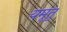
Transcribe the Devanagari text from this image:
यमूतु